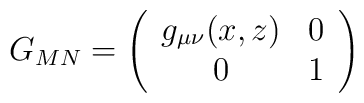
G_{M N} = \left( \begin{array}{cc} g_{\mu \nu} ( x , z ) & 0 \\0 & 1 \\ \end{array} \right)